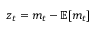
z _ { t } = m _ { t } - \mathbb { E } [ m _ { t } ]